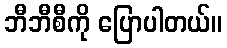
ဘီဘီစီကို ပြောပါတယ်။